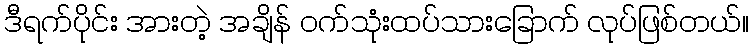
ဒီရက်ပိုင်း အားတဲ့ အချိန် ဝက်သုံးထပ်သားခြောက် လုပ်ဖြစ်တယ်။